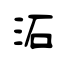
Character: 沰